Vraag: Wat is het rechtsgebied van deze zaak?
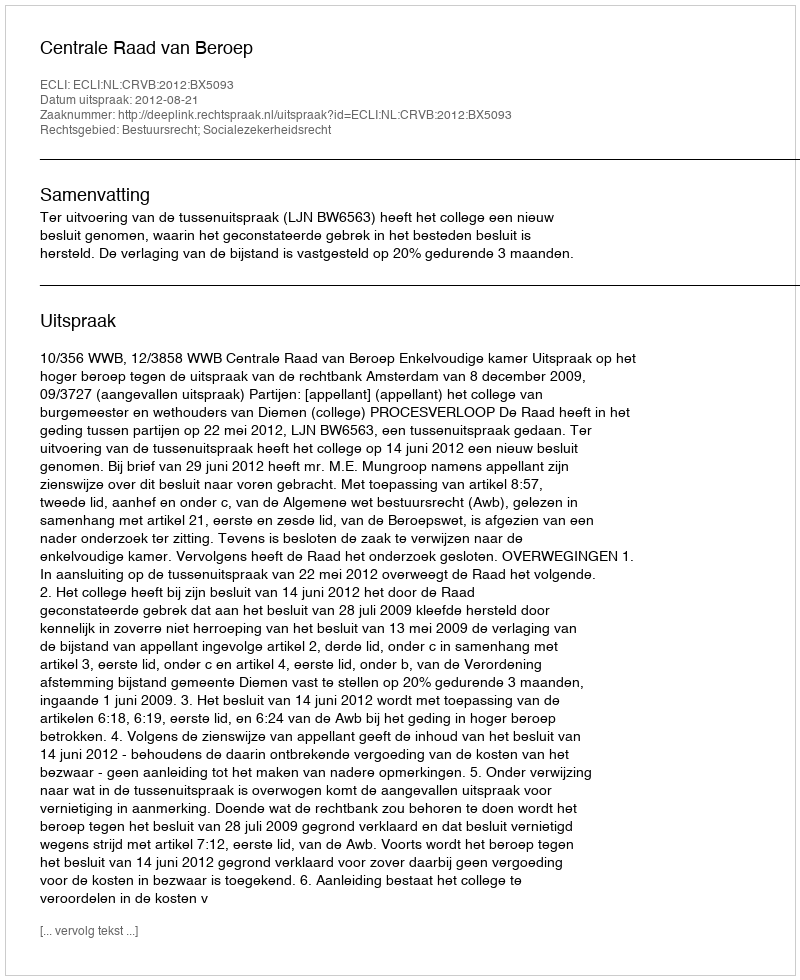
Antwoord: Bestuursrecht; Socialezekerheidsrecht